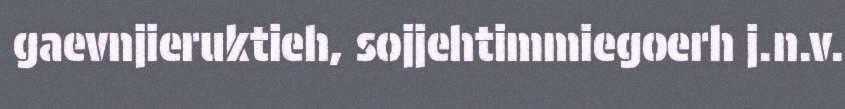
gaevnjieruktieh, sojjehtimmiegoerh j.n.v.